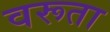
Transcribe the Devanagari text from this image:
वरूता